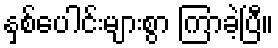
နှစ်ပေါင်းများစွာ ကြာခဲ့ပြီ။